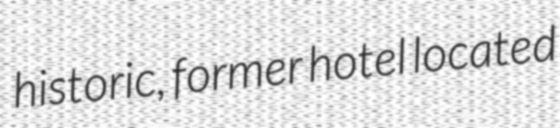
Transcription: historic, former hotel located